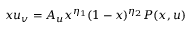
x u _ { v } = A _ { u } x ^ { \eta _ { 1 } } ( 1 - x ) ^ { \eta _ { 2 } } P ( x , u )